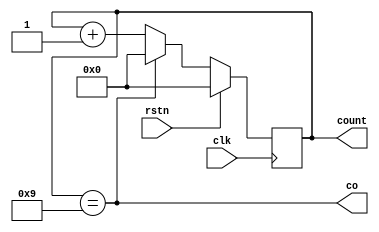
module count10(
    input wire rstn,
    input wire clk,
    output reg [3:0] count,
    output co
);
always@(posedge clk) begin
    if(rstn) begin
        count <= 4'd0;
    end
    else if(count == 4'd9) begin
        count <= 4'd0;
    end
    else begin
        count <= count + 1'd1;
    end
end
assign co = (count == 4'd9);
endmodule